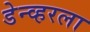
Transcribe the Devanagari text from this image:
डेन्व्हरला